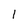
Character: l